Source: Handwritten
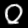
Digit: ၀ (0)